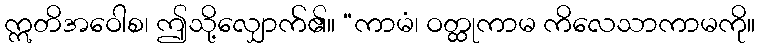
ဣတိအဝေါစ၊ ဤသို့လျှောက်၏။ “ကာမံ၊ ဝတ္ထုကာမ ကိလေသာကာမကို။